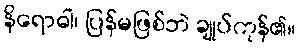
နိရောဓါ၊ ပြန်မဖြစ်ဘဲ ချုပ်ကုန်၏။